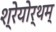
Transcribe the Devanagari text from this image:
श्रेयोर्थम्‌